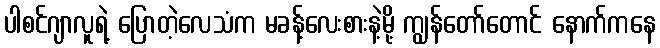
ပါစင်ဂျာလူရဲ့ ပြောတဲ့လေသံက မခန့်လေးစားနဲ့မို့ ကျွန်တော်တောင် နောက်ကနေ